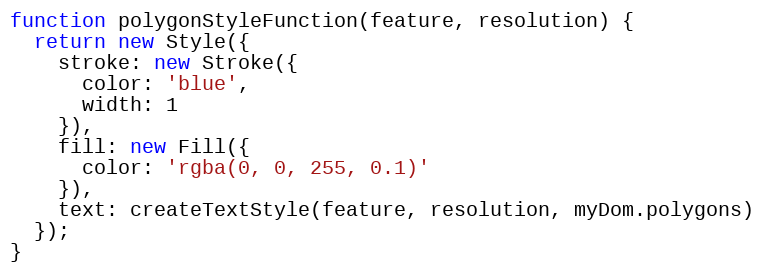
Language: JavaScript
function polygonStyleFunction(feature, resolution) {
  return new Style({
    stroke: new Stroke({
      color: 'blue',
      width: 1
    }),
    fill: new Fill({
      color: 'rgba(0, 0, 255, 0.1)'
    }),
    text: createTextStyle(feature, resolution, myDom.polygons)
  });
}